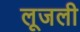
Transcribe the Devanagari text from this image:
लूजली